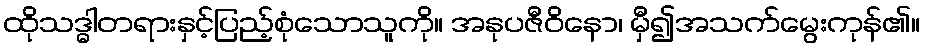
ထိုသဒ္ဓါတရားနှင့်ပြည့်စုံသောသူကို။ အနုပဇီဝိနော၊ မှီ၍အသက်မွေးကုန်၏။